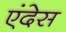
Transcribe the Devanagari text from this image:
एंदेस